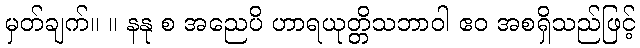
မှတ်ချက်။ ။ နနု စ အညေပိ ဟာရယုတ္တိသဘာဝါ ဧဝ အစရှိသည်ဖြင့်